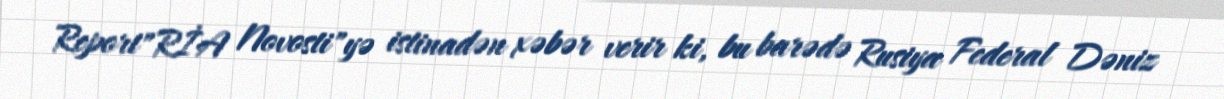
Report"RİA Novosti"yə istinadən xəbər verir ki, bu barədə Rusiya Federal Dəniz